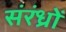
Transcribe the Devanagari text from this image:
संरंध्रों